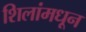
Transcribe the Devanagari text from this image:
शिलांमधून